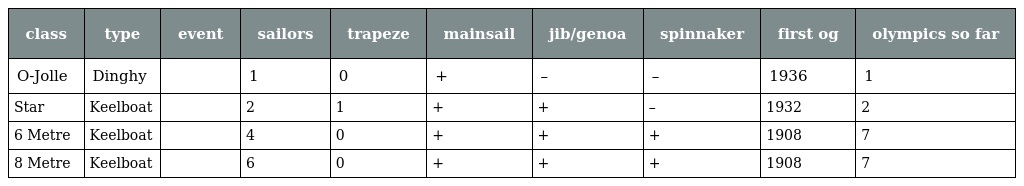
| class | type | event | sailors | trapeze | mainsail | jib/genoa | spinnaker | first og | olympics so far |
 | --- | --- | --- | --- | --- | --- | --- | --- | --- | --- |
 | O-Jolle | Dinghy |  | 1 | 0 | + | – | – | 1936 | 1 |
 | Star | Keelboat |  | 2 | 1 | + | + | – | 1932 | 2 |
 | 6 Metre | Keelboat |  | 4 | 0 | + | + | + | 1908 | 7 |
 | 8 Metre | Keelboat |  | 6 | 0 | + | + | + | 1908 | 7 |